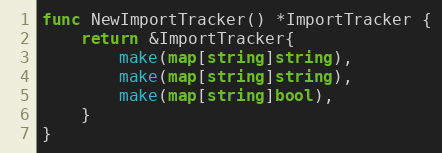
Language: Go
func NewImportTracker() *ImportTracker {
	return &ImportTracker{
		make(map[string]string),
		make(map[string]string),
		make(map[string]bool),
	}
}